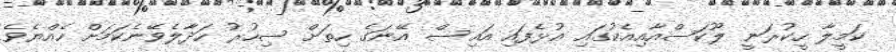
ކަމީލާ ހީކުރަނީ ލޫކަސްއާއިއެކުގައި އުޅެފައި އައިސް އޭނަގެ ހިތަށް ސިހުރު ހަދާލެވޭނެކަމަށް ހެއްޔެވެ